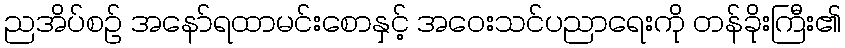
ညအိပ်စဉ် အနော်ရထာမင်းစောနှင့် အဝေးသင်ပညာရေးကို တန်ခိုးကြီး၏